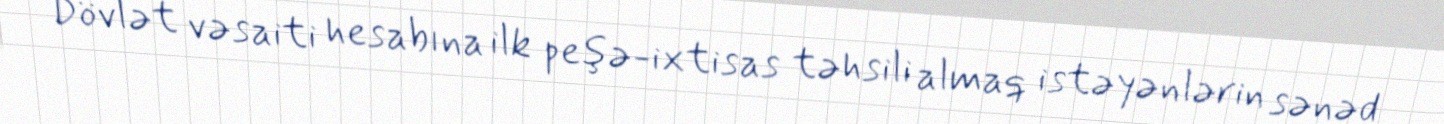
Dövlət vəsaiti hesabına ilk peşə-ixtisas təhsili almaq istəyənlərin sənəd